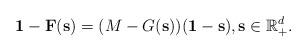
LaTeX: \begin{align*}\mathbf 1 - \mathbf F(\mathbf s)= (M - G(\mathbf s))(\mathbf 1 - \mathbf s),\mathbf s \in \mathbb R_+^d.\end{align*}